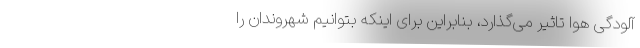
آلودگی هوا تاثیر می‌گذارد، بنابراین برای اینکه بتوانیم شهروندان را